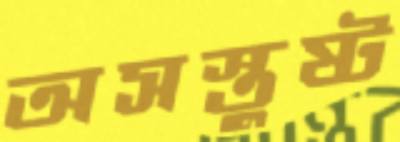
অসস্তুষ্ট